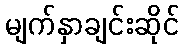
မျက်နှာချင်းဆိုင်